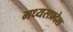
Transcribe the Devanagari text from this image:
मध्यसप्रदेश